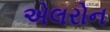
એલરોન